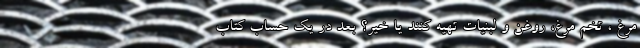
مرغ ، تخم مرغ، روغن و لبنیات تهیه کنند یا خیر؟ بعد در یک حساب کتاب